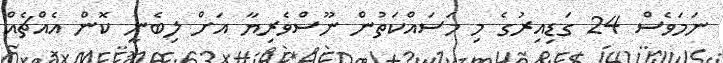
ނަމަވެސް 24 ގަޑިއިރުގެ މި މަސައްކަތުން ނޫސްވެރިޔާ އަށް ލިބެނީ ކޮން އެއްޗެއް